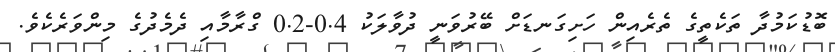
ބޮޑުކަމުދާ ތަކެތީގެ ތެރެއިން ހަށިގަނޑަށް ބޭރުވަނީ ދުވާލަކު 0.4-0.2 ގްރާމާއި ދެމެދުގެ މިންވަރެކެވެ.